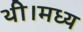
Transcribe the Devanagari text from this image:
थी।मध्य